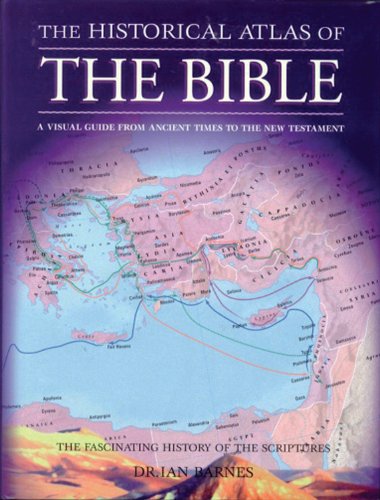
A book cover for The Historical Atlas of the Bible; IAN BARNES; Christian Books & Bibles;